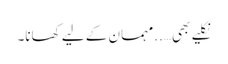
نکلیے بھی…..مہمان کے لیے کھانا۔